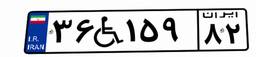
۳۶W۱۵۹۸۲